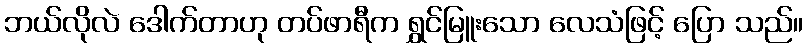
ဘယ်လိုလဲ ဒေါက်တာဟု တပ်ဖာရီက ရွှင်မြူးသော လေသံဖြင့် ပြော သည်။